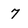
Character: 7